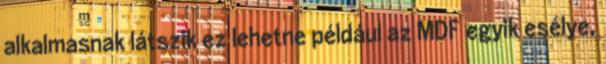
alkalmasnak látszik ez lehetne például az MDF egyik esélye,